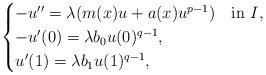
LaTeX: \begin{align*} \begin{cases}-u'' = \lambda (m(x)u + a(x) u^{p-1}) & \mbox{in $I$}, \\ -u'(0)=\lambda b_0 u(0)^{q-1}, & \\u'(1) = \lambda b_1 u(1)^{q-1}, & \end{cases}\end{align*}